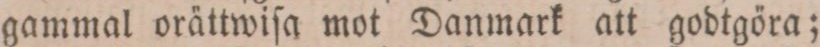
gammal orättwiſa mot Danmark att godtgöra;